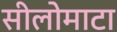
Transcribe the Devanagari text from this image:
सीलोमाटा